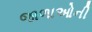
જાળાઓની